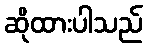
ဆိုထားပါသည်